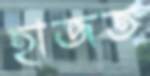
হাজত